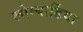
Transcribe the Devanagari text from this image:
लोम्बार्डिया